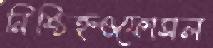
নিশ্চিহ্নওফোসল